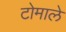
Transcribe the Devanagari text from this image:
टोमाले